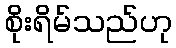
စိုးရိမ်သည်ဟု